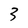
Character: 3